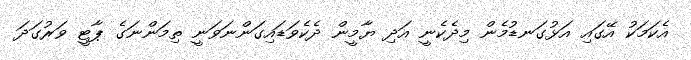
އެކަމަކު އޭގައި އަޅުގަނޑުމެން މިދެކެނީ އަދި ޔާމީން ދެކެވަޑައިގަންނަވަނީ ތިމަންނަގެ ޕާޓީ ވަރުގަދަ